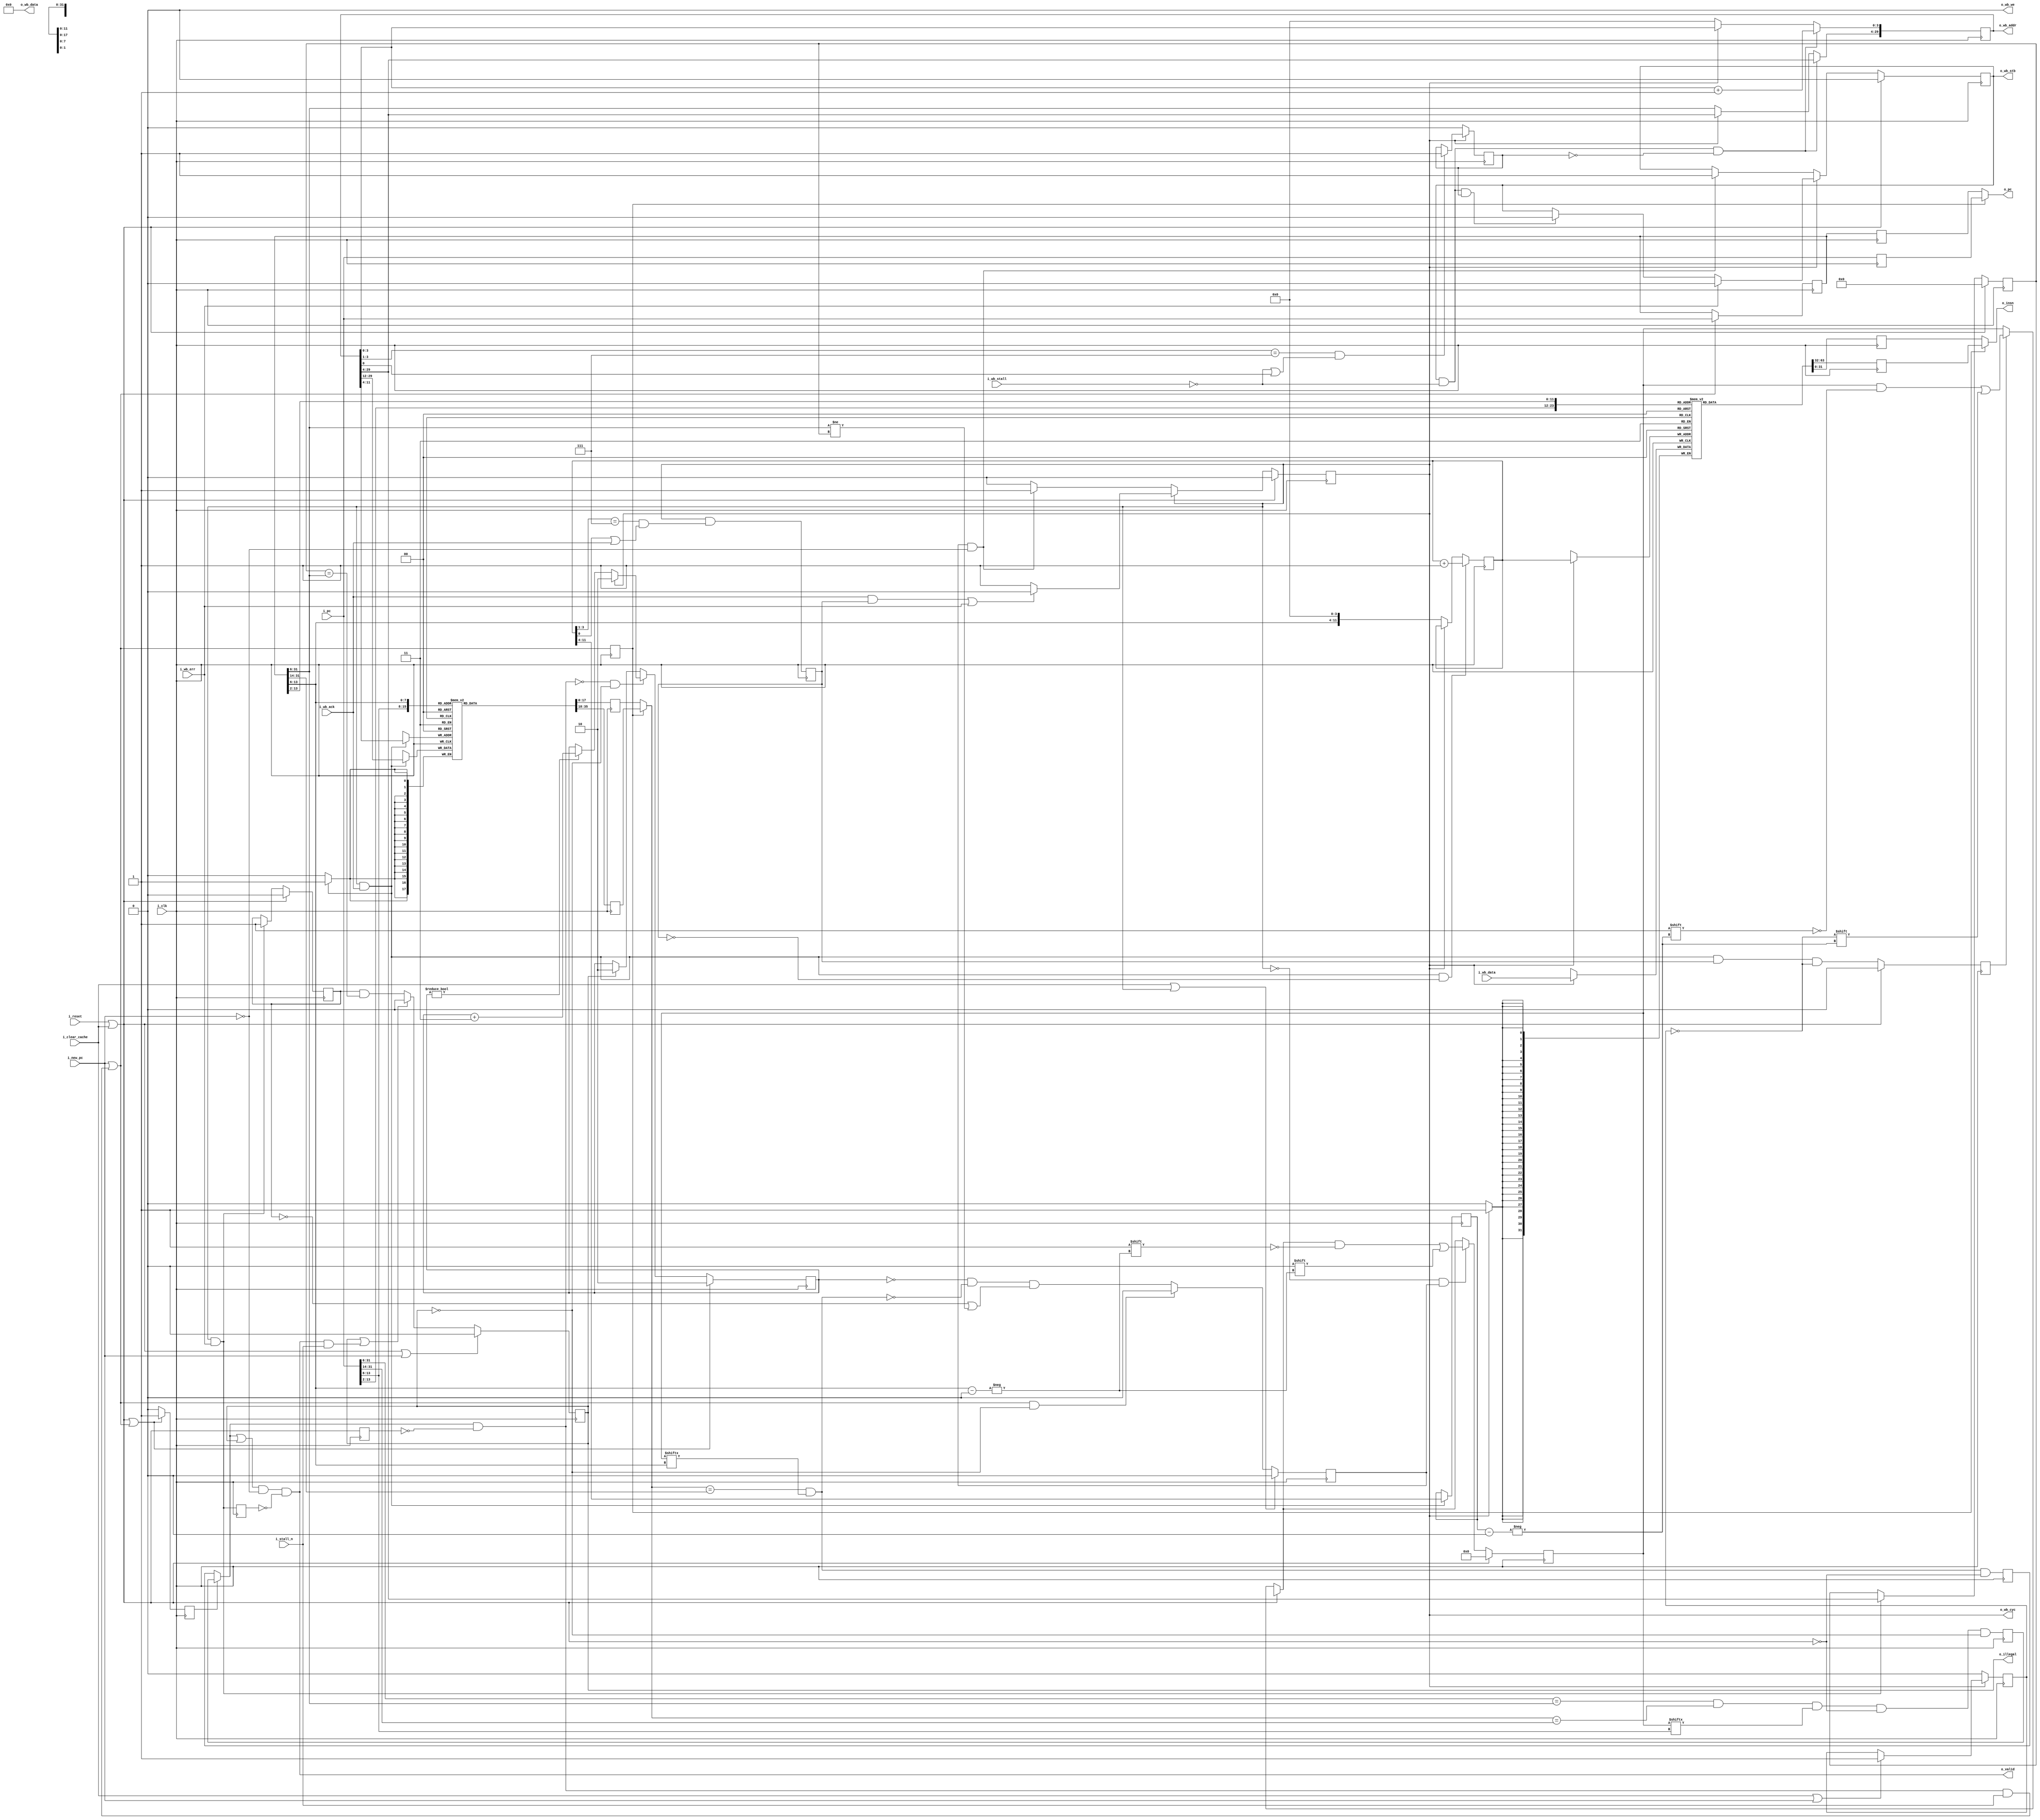
////////////////////////////////////////////////////////////////////////////////
//
//
// Project:	Zip CPU -- a small, lightweight, RISC CPU soft core
//
// Purpose:	Keeping our CPU fed with instructions, at one per clock and
//		with only a minimum number stalls.  The entire cache may also
//	be cleared (if necessary).
//
//	This logic is driven by a couple realities:
//	1. It takes a clock to read from a block RAM address, and hence a clock
//		to read from the cache.
//	2. It takes another clock to check that the tag matches
//
//		Our goal will be to avoid this second check if at all possible.
//		Hence, we'll test on the clock of any given request whether
//		or not the request matches the last tag value, and on the next
//		clock whether it new tag value (if it has changed).  Hence,
//		for anything found within the cache, there will be a one
//		cycle delay on any branch.
//
//
//	Address Words are separated into three components:
//	[ Tag bits ] [ Cache line number ] [ Cache position w/in the line ]
//
//	On any read from the cache, only the second two components are required.
//	On any read from memory, the first two components will be fixed across
//	the bus, and the third component will be adjusted from zero to its
//	maximum value.
//
//
// Creator:	Dan Gisselquist, Ph.D.
//		Gisselquist Technology, LLC
//
////////////////////////////////////////////////////////////////////////////////
//
// Copyright (C) 2015-2020, Gisselquist Technology, LLC
//
// This program is free software (firmware): you can redistribute it and/or
// modify it under the terms of  the GNU General Public License as published
// by the Free Software Foundation, either version 3 of the License, or (at
// your option) any later version.
//
// This program is distributed in the hope that it will be useful, but WITHOUT
// ANY WARRANTY; without even the implied warranty of MERCHANTIBILITY or
// FITNESS FOR A PARTICULAR PURPOSE.  See the GNU General Public License
// for more details.
//
// You should have received a copy of the GNU General Public License along
// with this program.  (It's in the $(ROOT)/doc directory.  Run make with no
// target there if the PDF file isn't present.)  If not, see
// <http://www.gnu.org/licenses/> for a copy.
//
// License:	GPL, v3, as defined and found on www.gnu.org,
//		http://www.gnu.org/licenses/gpl.html
//
//
////////////////////////////////////////////////////////////////////////////////
//
//
`default_nettype	none
//
module	pfcache(i_clk, i_reset, i_new_pc, i_clear_cache,
			// i_early_branch, i_from_addr,
			i_stall_n, i_pc, o_insn, o_pc, o_valid,
		o_wb_cyc, o_wb_stb, o_wb_we, o_wb_addr, o_wb_data,
			i_wb_stall, i_wb_ack, i_wb_err, i_wb_data,
			o_illegal
		);
	parameter	LGCACHELEN = 12,
			ADDRESS_WIDTH=30,
			LGLINES=8; // Log of the number of separate cache lines
			// Verilator lint_off UNUSED
	localparam	CACHELEN=(1<<LGCACHELEN); //Wrd Size of our cache memory
			// Verilator lint_on  UNUSED
	localparam	CW=LGCACHELEN;	// Short hand for LGCACHELEN
	localparam	LS=LGCACHELEN-LGLINES; // Size of a cache line
	localparam	BUSW = 32;	// Number of data lines on the bus
	localparam	AW=ADDRESS_WIDTH; // Shorthand for ADDRESS_WIDTH
	//
	input	wire			i_clk, i_reset;
	//
	// The interface with the rest of the CPU
	input	wire			i_new_pc;
	input	wire			i_clear_cache;
	input	wire			i_stall_n;
	input	wire	[(AW+1):0]	i_pc;
	output	wire	[(BUSW-1):0]	o_insn;
	output	wire	[(AW+1):0]	o_pc;
	output	wire			o_valid;
	//
	// The wishbone bus interface
	output	reg			o_wb_cyc, o_wb_stb;
	output	wire			o_wb_we;
	output	reg	[(AW-1):0]	o_wb_addr;
	output	wire	[(BUSW-1):0]	o_wb_data;
	//
	input	wire			i_wb_stall, i_wb_ack, i_wb_err;
	input	wire	[(BUSW-1):0]	i_wb_data;
	//
	// o_illegal will be true if this instruction was the result of a
	// bus error (This is also part of the CPU interface)
	output	reg			o_illegal;

	// Fixed bus outputs: we read from the bus only, never write.
	// Thus the output data is ... irrelevant and don't care.  We set it
	// to zero just to set it to something.
	assign	o_wb_we = 1'b0;
	assign	o_wb_data = 0;

	wire			r_v;
	reg	[(BUSW-1):0]	cache	[0:((1<<CW)-1)];
	reg	[(AW-CW-1):0]	cache_tags	[0:((1<<(LGLINES))-1)];
	reg	[((1<<(LGLINES))-1):0]	valid_mask;

	reg			r_v_from_pc, r_v_from_last, r_new_request;
	reg			rvsrc;
	wire			w_v_from_pc, w_v_from_last;
	reg	[(AW+1):0]	lastpc;
	reg	[(CW-1):0]	wraddr;
	reg	[(AW-1):CW]	tagvalipc, tagvallst;
	wire	[(AW-1):CW]	tagval;
	wire	[(AW-1):LS]	lasttag;
	reg			illegal_valid;
	reg	[(AW-1):LS]	illegal_cache;

	// initial	o_i = 32'h76_00_00_00;	// A NOOP instruction
	// initial	o_pc = 0;
	reg	[(BUSW-1):0]	r_pc_cache, r_last_cache;
	reg	[(AW+1):0]	r_pc, r_lastpc;
	reg			isrc;
	reg	[1:0]		delay;
	reg			svmask, last_ack, needload, last_addr,
				bus_abort;
	reg	[(LGLINES-1):0]	saddr;

	wire			w_advance;
	assign	w_advance = (i_new_pc)||((r_v)&&(i_stall_n));

	/////////////////////////////////////////////////
	//
	// Read the instruction from the cache
	//
	/////////////////////////////////////////////////
	//
	//
	// We'll read two values from the cache, the first is the value if
	// i_pc contains the address we want, the second is the value we'd read
	// if lastpc (i.e. $past(i_pc)) was the address we wanted.
	initial	r_pc = 0;
	initial	r_lastpc = 0;
	always @(posedge i_clk)
	begin
		// We don't have the logic to select what to read, we must
		// read both the value at i_pc and lastpc.  cache[i_pc] is
		// the value we return if the last cache request was in the
		// cache on the last clock, cacne[lastpc] is the value we
		// return if we've been stalled, weren't valid, or had to wait
		// a clock or two.
		//
		// Part of the issue here is that i_pc is going to increment
		// on this clock before we know whether or not the cache entry
		// we've just read is valid.  We can't stop this.  Hence, we
		// need to read from the lastpc entry.
		//
		//
		// Here we keep track of which answer we want/need.
		// If we reported a valid value to the CPU on the last clock,
		// and the CPU wasn't stalled, then we want to use i_pc.
		// Likewise if the CPU gave us an i_new_pc request, then we'll
		// want to return the value associated with reading the cache
		// at i_pc.
		isrc <= w_advance;

		// Here we read both cache entries, at i_pc and lastpc.
		// We'll select from among these cache possibilities on the
		// next clock
		r_pc_cache <= cache[i_pc[(CW+1):2]];
		r_last_cache <= cache[lastpc[(CW+1):2]];
		//
		// Let's also register(delay) the r_pc and r_lastpc values
		// for the next clock, so we can accurately report the address
		// of the cache value we just looked up.
		r_pc <= i_pc;
		r_lastpc <= lastpc;
	end

	// On our next clock, our result with either be the registered i_pc
	// value from the last clock (if isrc), otherwise r_lastpc
	assign	o_pc  = (isrc) ? r_pc : r_lastpc;
	// The same applies for determining what the next output instruction
	// will be.  We just read it in the last clock, now we just need to
	// select between the two possibilities we just read.
	assign	o_insn= (isrc) ? r_pc_cache : r_last_cache;


	/////////////////////////////////////////////////
	//
	// Read the tag value associated with this tcache line
	//
	/////////////////////////////////////////////////
	//
	//

	//
	// Read the tag value associated with this i_pc value
	initial	tagvalipc = 0;
	always @(posedge i_clk)
		tagvalipc <= cache_tags[i_pc[(CW+1):LS+2]];


	//
	// Read the tag value associated with the lastpc value, from what
	// i_pc was when we could not tell if this value was in our cache or
	// not, or perhaps from when we determined that i was not in the cache.
	initial	tagvallst = 0;
	always @(posedge i_clk)
		tagvallst <= cache_tags[lastpc[(CW+1):LS+2]];

	// Select from between these two values on the next clock
	assign	tagval = (isrc)?tagvalipc : tagvallst;

	// i_pc will only increment when everything else isn't stalled, thus
	// we can set it without worrying about that.   Doing this enables
	// us to work in spite of stalls.  For example, if the next address
	// isn't valid, but the decoder is stalled, get the next address
	// anyway.
	initial	lastpc = 0;
	always @(posedge i_clk)
	if (w_advance)
		lastpc <= i_pc;

	assign	lasttag = lastpc[(AW+1):LS+2];

	/////////////////////////////////////////////////
	//
	// Use the tag value to determine if our output instruction will be
	// valid.
	//
	/////////////////////////////////////////////////
	//
	//
	assign	w_v_from_pc = ((i_pc[(AW+1):LS+2] == lasttag)
				&&(tagval == i_pc[(AW+1):CW+2])
				&&(valid_mask[i_pc[(CW+1):LS+2]]));
	assign	w_v_from_last = ((tagval == lastpc[(AW+1):CW+2])
				&&(valid_mask[lastpc[(CW+1):LS+2]]));

	initial	delay = 2'h3;
	always @(posedge i_clk)
	if ((i_reset)||(i_clear_cache)||(w_advance))
	begin
		// Source our valid signal from i_pc
		rvsrc <= 1'b1;
		// Delay at least two clocks before declaring that
		// we have an invalid result.  This will give us time
		// to check the tag value of what's in the cache.
		delay <= 2'h2;
	end else if ((!r_v)&&(!o_illegal)) begin
		// If we aren't sourcing our valid signal from the
		// i_pc clock, then we are sourcing it from the
		// lastpc clock (one clock later).  If r_v still
		// isn't valid, we may need to make a bus request.
		// Apply our timer and timeout.
		rvsrc <= 1'b0;

		// Delay is two once the bus starts, in case the
		// bus transaction needs to be restarted upon completion
		// This might happen if, after we start loading the
		// cache, we discover a branch.  The cache load will
		// still complete, but the branches address needs to be
		// the onen we jump to.  This may mean we need to load
		// the cache twice.
		if (o_wb_cyc)
			delay <= 2'h2;
		else if (delay != 0)
			delay <= delay + 2'b11; // i.e. delay -= 1;
	end else begin
		// After sourcing our output from i_pc, if it wasn't
		// accepted, source the instruction from the lastpc valid
		// determination instead
		rvsrc <= 1'b0;
		if (o_illegal)
			delay <= 2'h2;
	end

	wire	w_invalidate_result;
	assign	w_invalidate_result = (i_reset)||(i_clear_cache);

	reg	r_prior_illegal;
	initial	r_prior_illegal = 0;
	initial	r_new_request = 0;
	initial	r_v_from_pc = 0;
	initial	r_v_from_last = 0;
	always @(posedge i_clk)
	begin
		r_new_request <= w_invalidate_result;
		r_v_from_pc   <= (w_v_from_pc)&&(!w_invalidate_result)
					&&(!o_illegal);
		r_v_from_last <= (w_v_from_last)&&(!w_invalidate_result);

		r_prior_illegal <= (o_wb_cyc)&&(i_wb_err);
	end

	// Now use rvsrc to determine which of the two valid flags we'll be
	// using: r_v_from_pc (the i_pc address), or r_v_from_last (the lastpc
	// address)
	assign	r_v = ((rvsrc)?(r_v_from_pc):(r_v_from_last))&&(!r_new_request);
	assign	o_valid = (((rvsrc)?(r_v_from_pc):(r_v_from_last))
			||(o_illegal))
			&&(!i_new_pc)&&(!r_prior_illegal);

	/////////////////////////////////////////////////
	//
	// If the instruction isn't in our cache, then we need to load
	// a new cache line from memory.
	//
	/////////////////////////////////////////////////
	//
	//
	initial	needload = 1'b0;
	always @(posedge i_clk)
	if ((i_clear_cache)||(o_wb_cyc))
		needload <= 1'b0;
	else if ((w_advance)&&(!o_illegal))
		needload <= 1'b0;
	else
		needload <= (delay==0)&&(!w_v_from_last)
			// Prevent us from reloading an illegal address
			// (i.e. one that produced a bus error) over and over
			// and over again
			&&((!illegal_valid)
				||(lastpc[(AW+1):LS+2] != illegal_cache));

	//
	// Working from the rule that you want to keep complex logic out of
	// a state machine if possible, we calculate a "last_stb" value one
	// clock ahead of time.  Hence, any time a request is accepted, if
	// last_stb is also true we'll know we need to drop the strobe line,
	// having finished requesting a complete cache  line.
	initial	last_addr = 1'b0;
	always @(posedge i_clk)
	if (!o_wb_cyc)
		last_addr <= 1'b0;
	else if ((o_wb_addr[(LS-1):1] == {(LS-1){1'b1}})
			&&((!i_wb_stall)|(o_wb_addr[0])))
		last_addr <= 1'b1;

	//
	// "last_ack" is almost identical to last_addr, save that this
	// will be true on the same clock as the last acknowledgment from the
	// bus.  The state machine logic will use this to determine when to
	// get off the bus and end the wishbone bus cycle.
	initial	last_ack = 1'b0;
	always @(posedge i_clk)
		last_ack <= (o_wb_cyc)&&(
				(wraddr[(LS-1):1]=={(LS-1){1'b1}})
				&&((wraddr[0])||(i_wb_ack)));

	initial	bus_abort = 1'b0;
	always @(posedge i_clk)
	if (!o_wb_cyc)
		bus_abort <= 1'b0;
	else if ((i_clear_cache)||(i_new_pc))
		bus_abort <= 1'b1;

	//
	// Here's the difficult piece of state machine logic--the part that
	// determines o_wb_cyc and o_wb_stb.  We've already moved most of the
	// complicated logic off of this statemachine, calculating it one cycle
	// early.  As a result, this is a fairly easy piece of logic.
	initial	o_wb_cyc  = 1'b0;
	initial	o_wb_stb  = 1'b0;
	always @(posedge i_clk)
	if ((i_reset)||(i_clear_cache))
	begin
		o_wb_cyc <= 1'b0;
		o_wb_stb <= 1'b0;
	end else if (o_wb_cyc)
	begin
		if (i_wb_err)
			o_wb_stb <= 1'b0;
		else if ((o_wb_stb)&&(!i_wb_stall)&&(last_addr))
			o_wb_stb <= 1'b0;

		if (((i_wb_ack)&&(last_ack))||(i_wb_err))
			o_wb_cyc <= 1'b0;

	end else if ((needload)&&(!i_new_pc))
	begin
		o_wb_cyc  <= 1'b1;
		o_wb_stb  <= 1'b1;
	end

	// If we are reading from this cache line, then once we get the first
	// acknowledgement, this cache line has the new tag value
	always @(posedge i_clk)
	if ((o_wb_cyc)&&(i_wb_ack))
		cache_tags[o_wb_addr[(CW-1):LS]] <= o_wb_addr[(AW-1):CW];


	// On each acknowledgment, increment the address we use to write into
	// our cache.  Hence, this is the write address into our cache block
	// RAM.
	initial	wraddr    = 0;
	always @(posedge i_clk)
	if ((o_wb_cyc)&&(i_wb_ack)&&(!last_ack))
		wraddr <= wraddr + 1'b1;
	else if (!o_wb_cyc)
		wraddr <= { lastpc[(CW+1):LS+2], {(LS){1'b0}} };

	//
	// The wishbone request address.  This has meaning anytime o_wb_stb
	// is active, and needs to be incremented any time an address is
	// accepted--WITH THE EXCEPTION OF THE LAST ADDRESS.  We need to keep
	// this steady for that last address, unless the last address returns
	// a bus error.  In that case, the whole cache line will be marked as
	// invalid--but we'll need the value of this register to know how
	// to do that propertly.
	initial	o_wb_addr = {(AW){1'b0}};
	always @(posedge i_clk)
	if ((o_wb_stb)&&(!i_wb_stall)&&(!last_addr))
		o_wb_addr[(LS-1):0] <= o_wb_addr[(LS-1):0]+1'b1;
	else if (!o_wb_cyc)
		o_wb_addr <= { lastpc[(AW+1):LS+2], {(LS){1'b0}} };

	// Since it is impossible to initialize an array, our cache will start
	// up cache uninitialized.  We'll also never get a valid ack without
	// cyc being active, although we might get one on the clock after
	// cyc was active--so we need to test and gate on whether o_wb_cyc
	// is true.
	//
	// wraddr will advance forward on every clock cycle where ack is true,
	// hence we don't need to check i_wb_ack here.  This will work because
	// multiple writes to the same address, ending with a valid write,
	// will always yield the valid write's value only after our bus cycle
	// is over.
	always @(posedge i_clk)
	if (o_wb_cyc)
		cache[wraddr] <= i_wb_data;

	// VMask ... is a section loaded?
	// Note "svmask".  It's purpose is to delay the valid_mask setting by
	// one clock, so that we can insure the right value of the cache is
	// loaded before declaring that the cache line is valid.  Without
	// this, the cache line would get read, and the instruction would
	// read from the last cache line.
	initial	valid_mask = 0;
	initial	svmask = 1'b0;
	always @(posedge i_clk)
	if ((i_reset)||(i_clear_cache))
	begin
		valid_mask <= 0;
		svmask<= 1'b0;
	end else begin
		svmask <= ((o_wb_cyc)&&(i_wb_ack)&&(last_ack)&&(!bus_abort));

		if (svmask)
			valid_mask[saddr] <= (!bus_abort);
		if ((!o_wb_cyc)&&(needload))
			valid_mask[lastpc[(CW+1):LS+2]] <= 1'b0;
	end

	always @(posedge i_clk)
	if ((o_wb_cyc)&&(i_wb_ack))
		saddr <= wraddr[(CW-1):LS];

	/////////////////////////////////////////////////
	//
	// Handle bus errors here.  If a bus read request
	// returns an error, then we'll mark the entire
	// line as having a (valid) illegal value.
	//
	/////////////////////////////////////////////////
	//
	//
	//
	//
	initial	illegal_cache = 0;
	initial	illegal_valid = 0;
	always @(posedge i_clk)
	if ((i_reset)||(i_clear_cache))
	begin
		illegal_cache <= 0;
		illegal_valid <= 0;
	end else if ((o_wb_cyc)&&(i_wb_err))
	begin
		illegal_cache <= o_wb_addr[(AW-1):LS];
		illegal_valid <= 1'b1;
	end

	initial o_illegal = 1'b0;
	always @(posedge i_clk)
	if ((i_reset)||(i_clear_cache)||(i_new_pc))
		o_illegal <= 1'b0;
	else if ((o_illegal)||((o_valid)&&(i_stall_n)))
		o_illegal <= 1'b0;
	else
		o_illegal <= (illegal_valid)
			&&(illegal_cache == lastpc[(AW+1):LS+2]);

`ifdef	FORMAL
// Formal properties for this module are maintained elsewhere
`endif	// FORMAL
endmodule